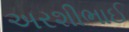
અરશીભાઈ